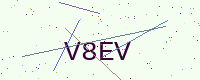
Text: V8EV